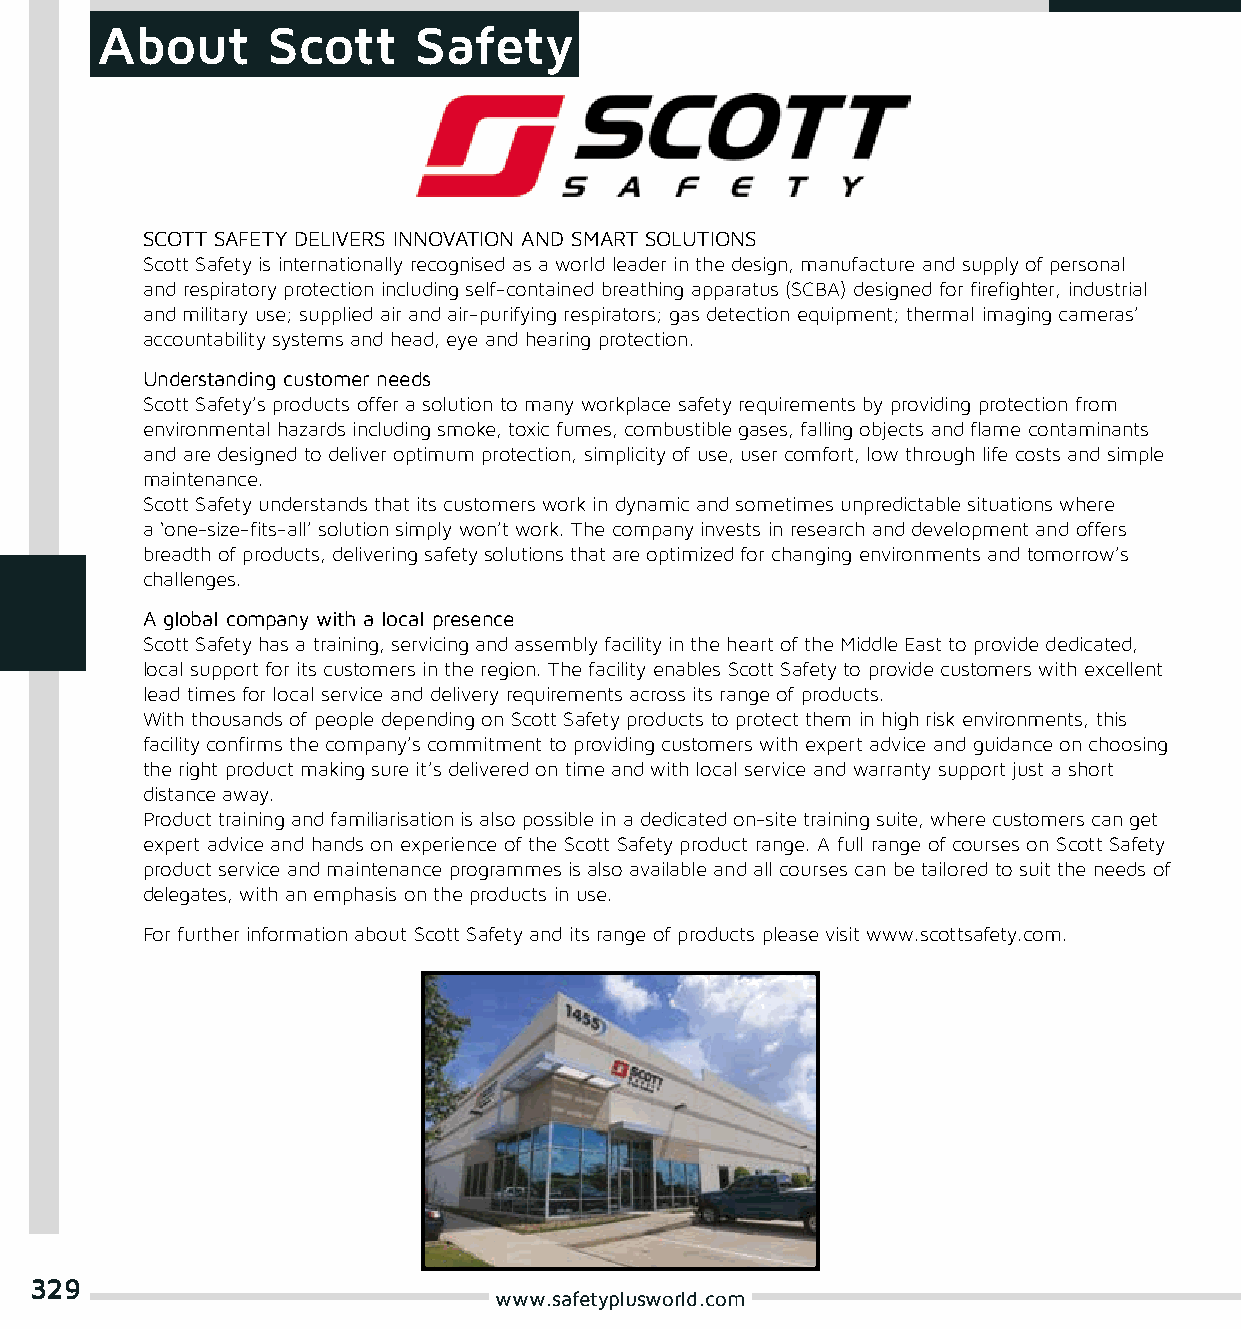
About       Scott    Safety
 SCOTT SAFETY DELIVERS INNOVATION AND SMART SOLUTIONS
 Scott Safety is internationally recognised as a world leader in the design, manufacture and supply of personal
 and respiratory protection including self-contained breathing apparatus (SCBA) designed for firefighter, industrial
 and military use; supplied air and air-purifying respirators; gas detection equipment; thermal imaging cameras’
 accountability systems and head, eye and hearing protection.
 Understanding customer needs
 Scott Safety’s products offer a solution to many workplace safety requirements by providing protection from
 environmental hazards including smoke, toxic fumes, combustible gases, falling objects and flame contaminants
 and are designed to deliver optimum protection, simplicity of use, user comfort, low through life costs and simple
 maintenance.
 Scott Safety understands that its customers work in dynamic and sometimes unpredictable situations where
 a ‘one-size-fits-all’ solution simply won’t work. The company invests in research and development and offers
 breadth of products, delivering safety solutions that are optimized for changing environments and tomorrow’s
 challenges.
 A global company with a local presence
 Scott Safety has a training, servicing and assembly facility in the heart of the Middle East to provide dedicated,
 local support for its customers in the region. The facility enables Scott Safety to provide customers with excellent
 lead times for local service and delivery requirements across its range of products.
 With thousands of people depending on Scott Safety products to protect them in high risk environments, this
 facility confirms the company’s commitment to providing customers with expert advice and guidance on choosing
 the right product making sure it’s delivered on time and with local service and warranty support just a short
 distance away.
 Product training and familiarisation is also possible in a dedicated on-site training suite, where customers can get
 expert advice and hands on experience of the Scott Safety product range. A full range of courses on Scott Safety
 product service and maintenance programmes is also available and all courses can be tailored to suit the needs of
 delegates, with an emphasis on the products in use.
 For further information about Scott Safety and its range of products please visit www.scottsafety.com.
 329
 www.safetyplusworld.com